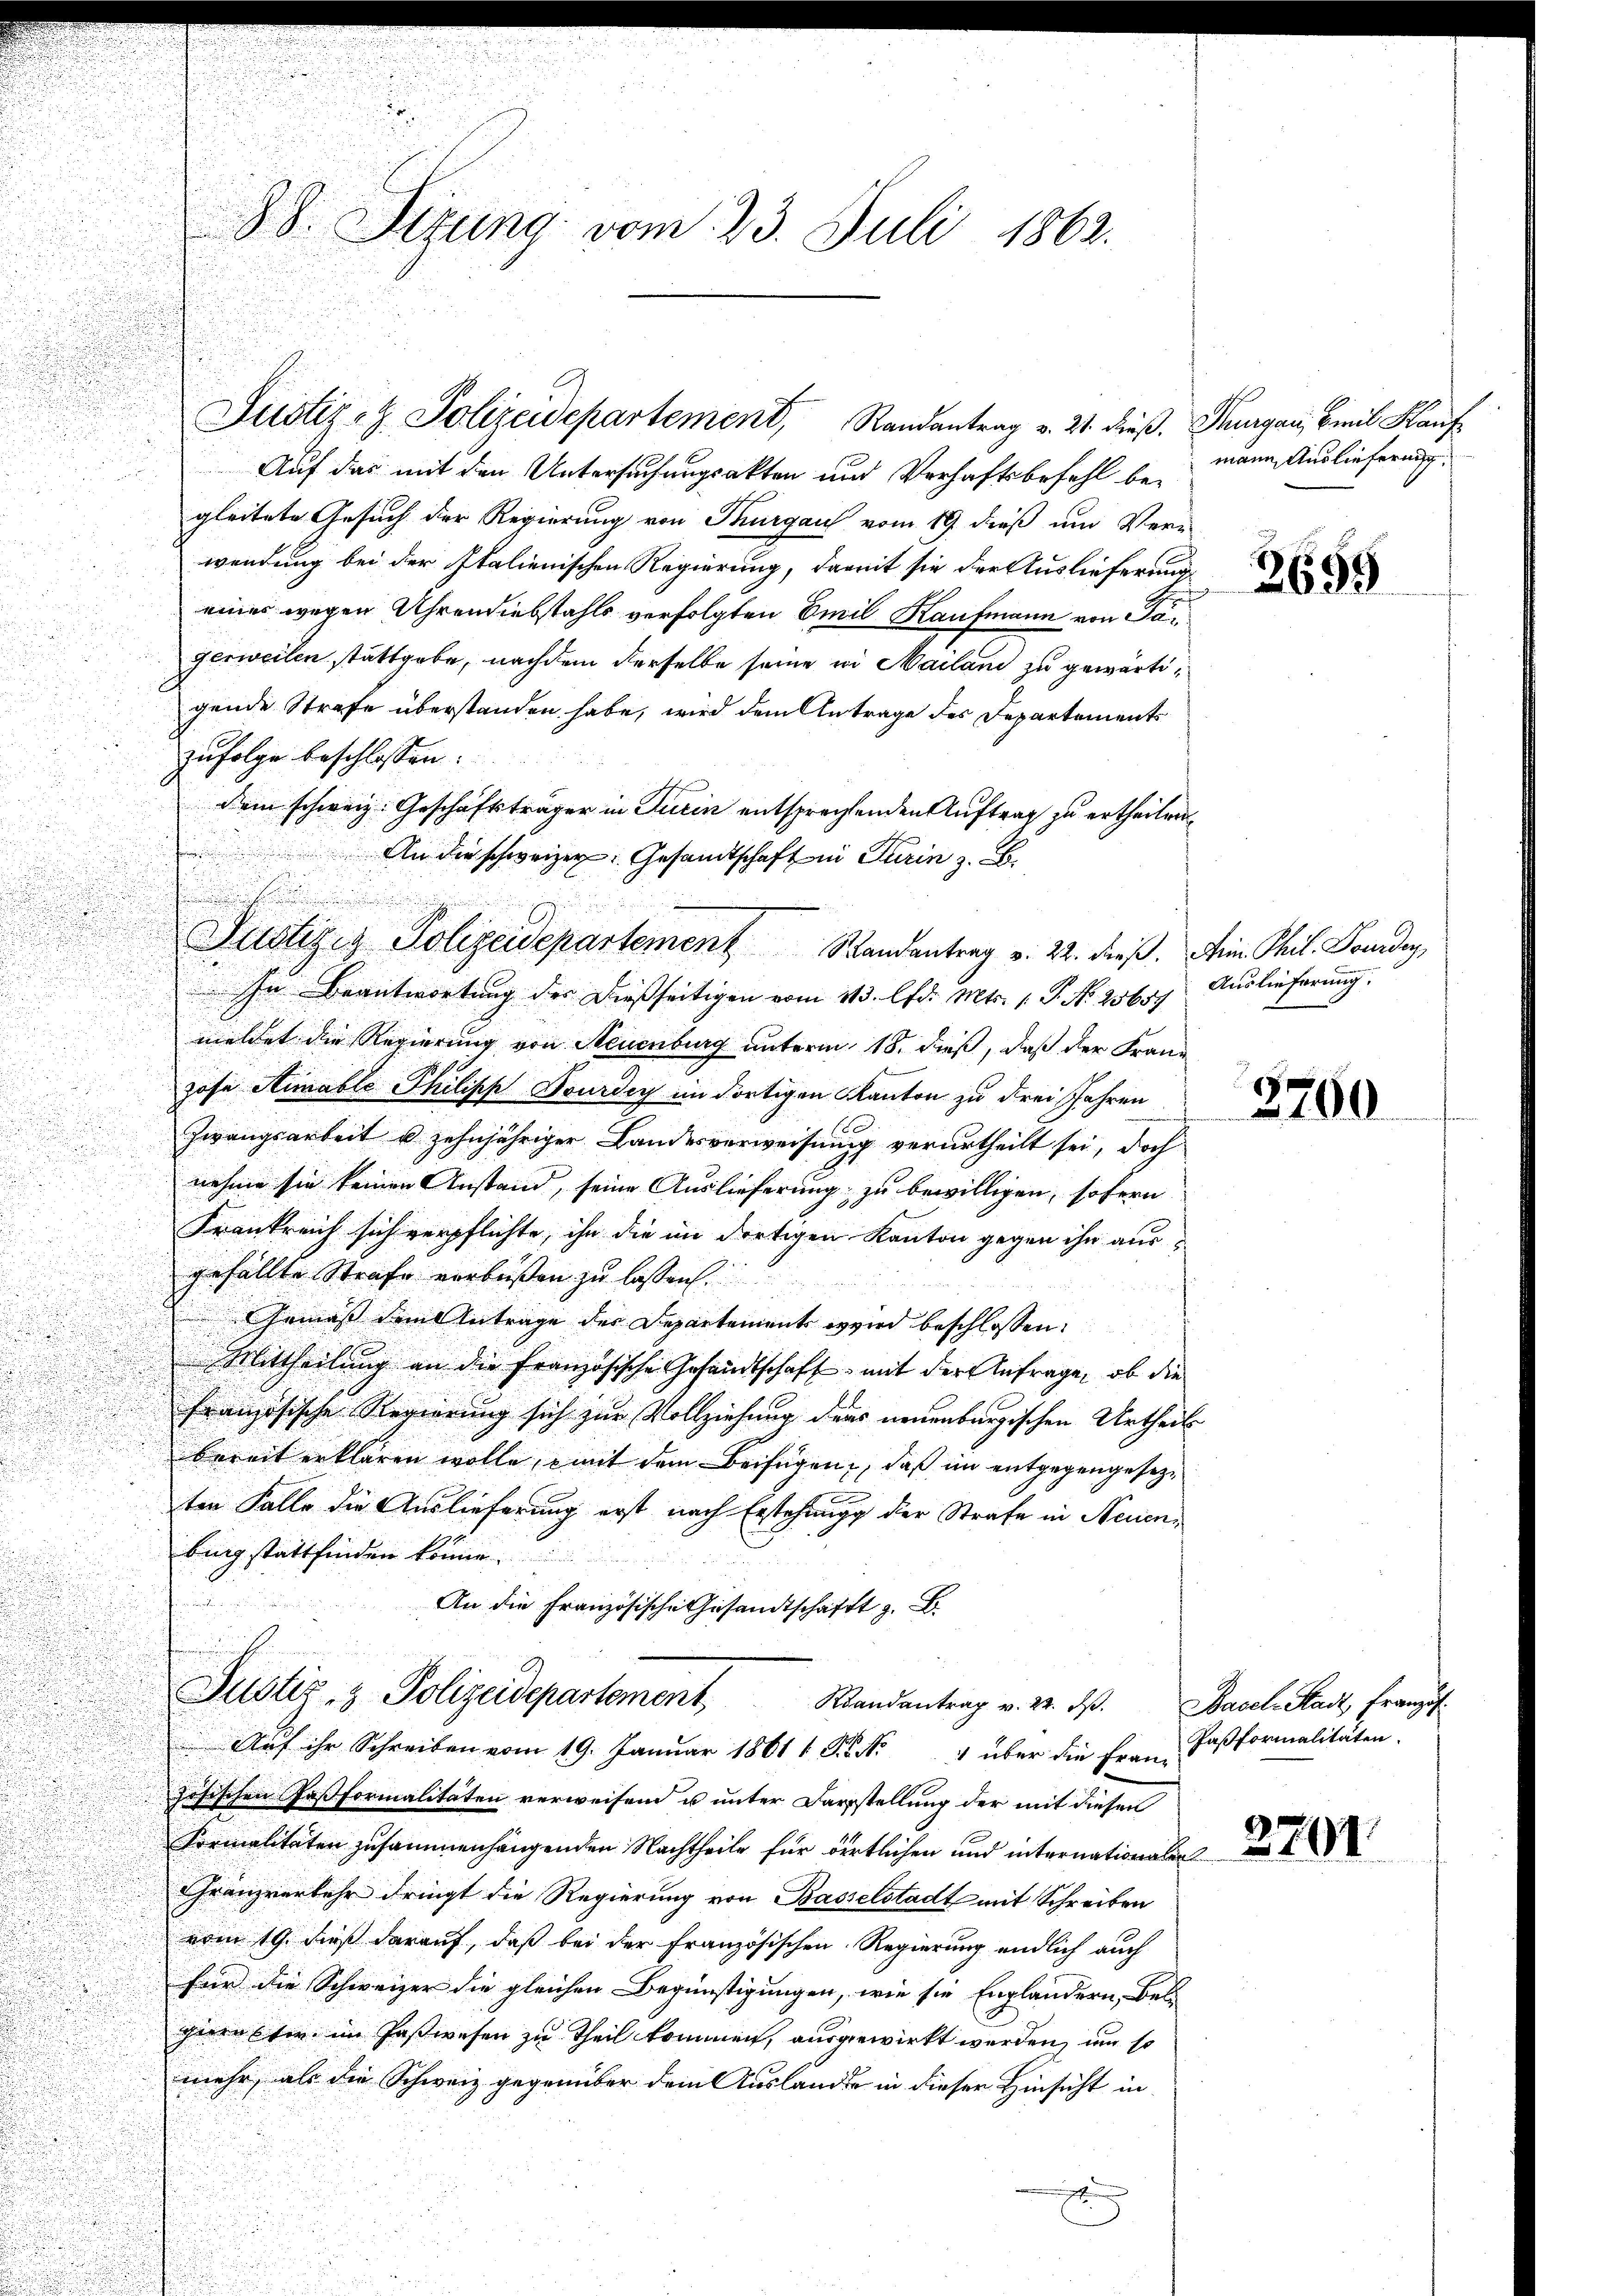
u
d

8. Situng vom 23. Juli 1862.

Justiz- & Polizeidepartement, Randantrag v. 21. dieß. Thurgau, Brei Kauf

Auf das mit den Untersuchungsakten und Verhaftsbefehl begleitete Gesuch der Regierung von Thurgau vom 19. dieß um Ver-
wendung bei der Italienischen Regierung, damit sie der Auslieferung
eines wegen Uhrendiebstahls verfolgten Emil Kaufmann von Pagerweilen stattgebe, nachdem derselbe seine in Mailand zu gewärtigende Strafe überstanden habe, wird dem Antrage des Departements
zufolge beschlossen:
dem schweiz. Geschäftsträger in Turin entsprechtenden Auftrag zu ertheilen,
r
In Beantwortung der dießseitigen vom 13. lfd. Mts. 1. P. No 25657

u
i
d
meldet die Regierung von Neuenburg unterm 18. dieß, daß der Franz

hose Stimable Philipp Tourdig im dortigen Kanton zu drei Jahren
s
Zwangsarbeit u zehnjähriger Landesverweisung verurtheilt sei, doch
nehme sie keinen Anstand, seine Auslieferung zu bewilligen, sofern
.
Frankreich sich verpflichte, ihn die im dortigen Kanton gegen ihn aus
n
gefällte Strafe verbüßen zu lassen.
Gemäß dem Antrage der Departement wird beschlossen:
Mittheilung an die Französische Gesandtschaft mit der Anfrage, ob die
französische Regierung sich zur Vollziehung ders neuenburgischen Urtheils
bereit erklären wolle, mit dem Beifügen, daß im entgegengesezten Falle die Auslieferung erst nach Erstehung der Strafe in Neuenbing stattfinden könne.
.
An die Französische Gesandtschaft z. B.
Justiz- & Polizeidepartement Randantrag v. 22. ds. Basel Stadt Franzis¬
Auf ihr Schreiben vom 19. Januar 1861 1 S. Nr. 4 über die Frau Paßformalitäten
zösischen Faßformalitäten verweisend u unter Darstellung der mit diesen
Formalitäten zusammenhängenden Nachtheile für dertlichen und internationalen
Franzverkehr dringt die Regierung von Basselstadt mit Schreiben
vom 19. dieß darauf, daß bei der Französischen Regierung endlich auch
für die Schweizer die gleichen Begünstigungen, wie sie Engländern, Bel
gerüster im Postwesen zu Theil kommen, ausgewirkt werden, um so
mehr, als die Schweiz gegenüber dem Auslander in dieser Hinsicht in
.

u

An die schweizer: Gesandtschaft in Turin z. B.
.
Justizis Polizeidepartement Randantrag v. 22. dieß. Ain Phil. Forden,

mann Auslieferung.

2695

Auslieferung.

8
180

2201